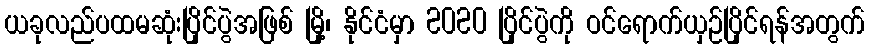
ယခုလည်ပထမဆုံးပြိုင်ပွဲအဖြစ် မြို့၊ နိုင်ငံမှာ 2020 ပြိုင်ပွဲကို ဝင်ရောက်ယှဉ်ပြိုင်ရန်အတွက်